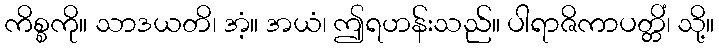
ကိစ္စကို။ သာဒယတိ၊ အံ့။ အယံ၊ ဤရဟန်းသည်။ ပါရာဇိကာပတ္တိံ၊ သို့။